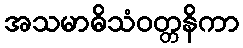
အသမာဓိသံဝတ္တနိကာ